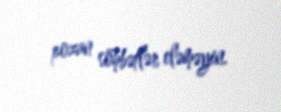
pozan söhbətlər eləməyin.